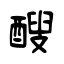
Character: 醙